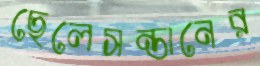
ছেলেসন্তানের